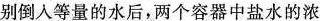
别倒入等量的水后，两个容器中盐水的浓